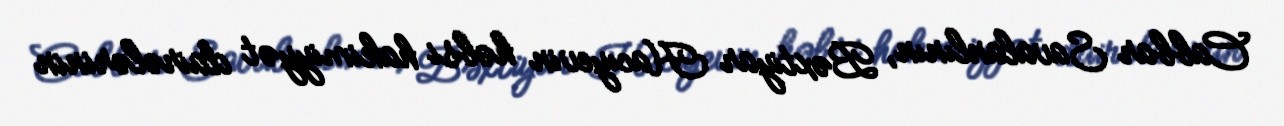
Cabbar Savalanlının, Bəxtiyar Hacıyevin həbsi hakimiyyət dairələrinin